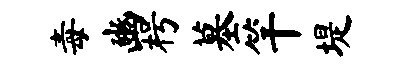
毒豳枵墓竿堤